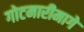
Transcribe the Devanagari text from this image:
गोटमारीमागे